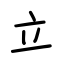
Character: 立